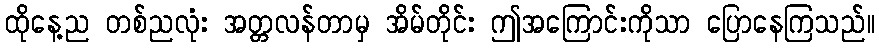
ထိုနေ့ည တစ်ညလုံး အတ္တလန်တာမှ အိမ်တိုင်း ဤအကြောင်းကိုသာ ပြောနေကြသည်။